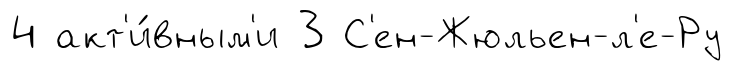
4 акт'и́вным'и 3 С'ен-Жюльен-л'е-Ру